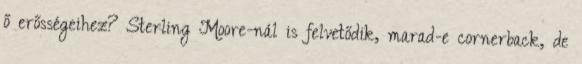
ő erősségeihez? Sterling Moore-nál is felvetődik, marad-e cornerback, de